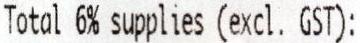
TOTAL 6% SUPPLIES (EXCL. GST):